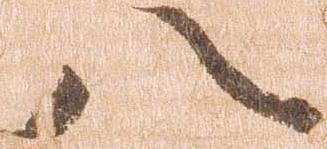
八